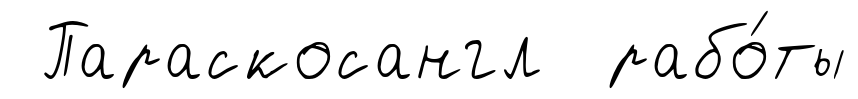
Параскосангл рабо́ты